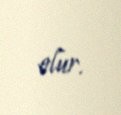
olur.